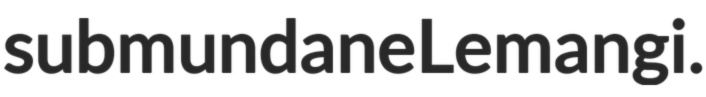
submundane Leman gi.